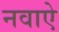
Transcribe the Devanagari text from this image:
नवाऐ